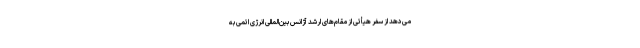
می‌دهد از سفر هیأتی از مقام‌های ارشد آژانس بین‌المللی انرژی اتمی به